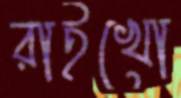
রাইখো